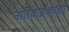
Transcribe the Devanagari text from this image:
नातेवाईकांशी